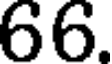
66.